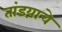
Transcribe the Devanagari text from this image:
तांडय़ाचे